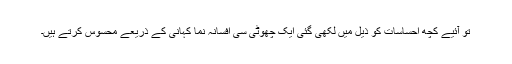
تو آئیے کچھ احساسات کو ذیل میں لکھی گئی ایک چھوٹی سی افسانہ نما کہانی کے ذریعے محسوس کرتے ہیں۔